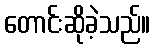
တောင်းဆိုခဲ့သည်။